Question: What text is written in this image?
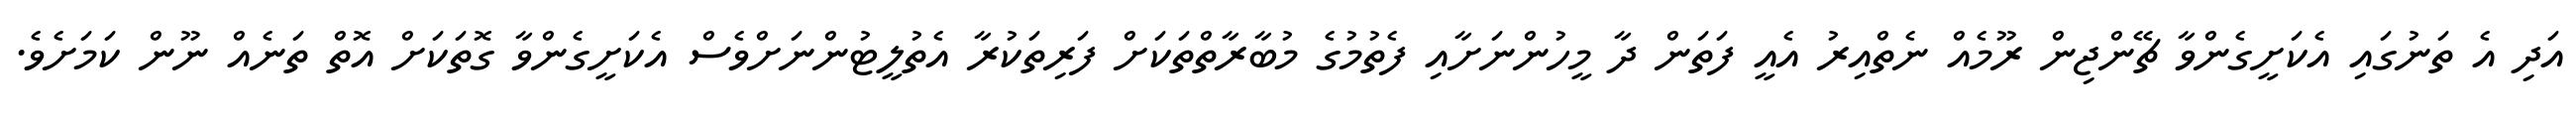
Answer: އަދި އެ ތަނުގައި އެކަށީގެންވާ ޗޭންޖިން ރޫމެއް ނެތްއިރު އެއީ ފަތަން ދާ މީހުންނަށާއި ފެތުމުގެ މުބާރާތްތަކަށް ފަރިތަކުރާ އެތުލީޓުންނަށްވެސް އެކަށީގެންވާ ގޮތަކަށް އޮތް ތަނެއް ނޫން ކަމަށެވެ.